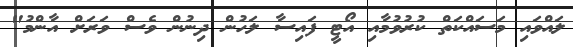
ލައްވައި މަސައްކަތް ކުރުވުމާއި އޯޓީ ފައިސާ ލަހުން ދިނުން ވެސް ވަރަށް އާންމު"